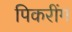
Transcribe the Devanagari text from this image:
पिकरींग